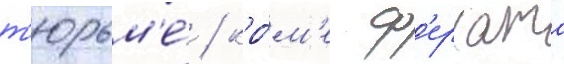
т'юрьм'е́ / кро́м'е ф'ерхата